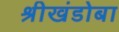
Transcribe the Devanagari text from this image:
श्रीखंडोबा